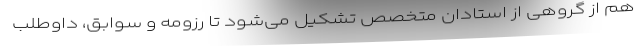
هم از گروهی از استادان متخصص تشکیل می‌شود تا رزومه و سوابق، داوطلب